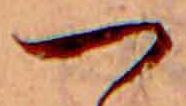
つ